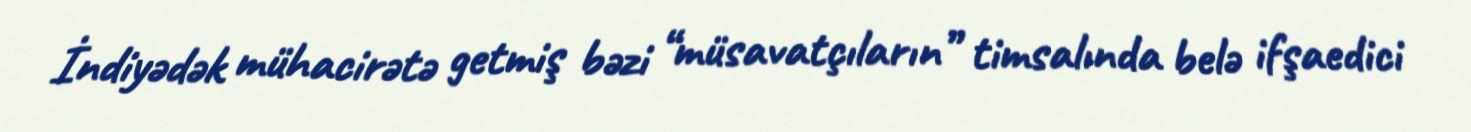
İndiyədək mühacirətə getmiş bəzi “müsavatçıların” timsalında belə ifşaedici